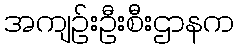
အကျဉ်းဦးစီးဌာနက